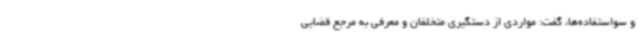
و سواستفاده‌ها، گفت: مواردی از دستگیری متخلفان و معرفی به مرجع قضایی